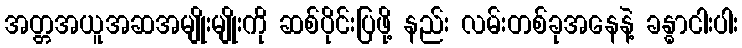
အတ္တအယူအဆအမျိုးမျိုးကို ဆစ်ပိုင်းပြဖို့ နည်း လမ်းတစ်ခုအနေနဲ့ ခန္ဓာငါးပါး